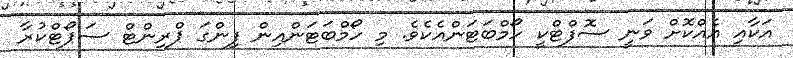
އަކާއި އެއްކޮށް ވަނީ ސޮފްޓްކީ ހޯމްބަޓަންއެކެވެ. މި ހޯމްބަޓަންއިން ފިންގަ ޕްރިންޓް ސަޕޯޓްކުރާ